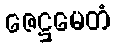
ဇေဋ္ဌမေတံ